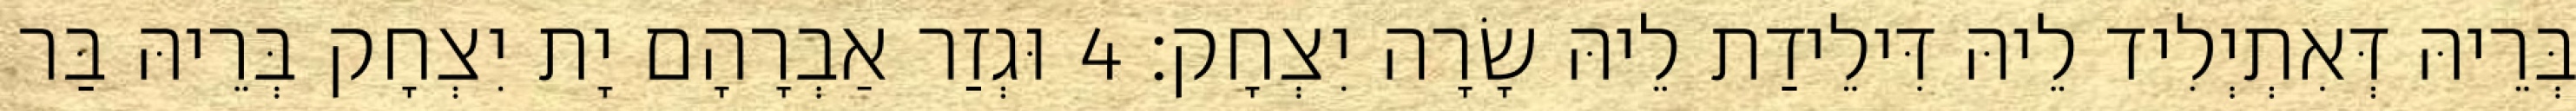
בְּרֵיהּ דְּאִתְיְלִיד לֵיהּ דִּילֵידַת לֵיהּ שָׂרָה יִצְחָק׃ 4 וּגְזַר אַבְרָהָם יָת יִצְחָק בְּרֵיהּ בַּר